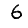
Digit: 6